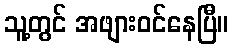
သူ့တွင် အဖျားဝင်နေပြီ။